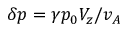
\delta p = \gamma p _ { 0 } V _ { z } / v _ { A }